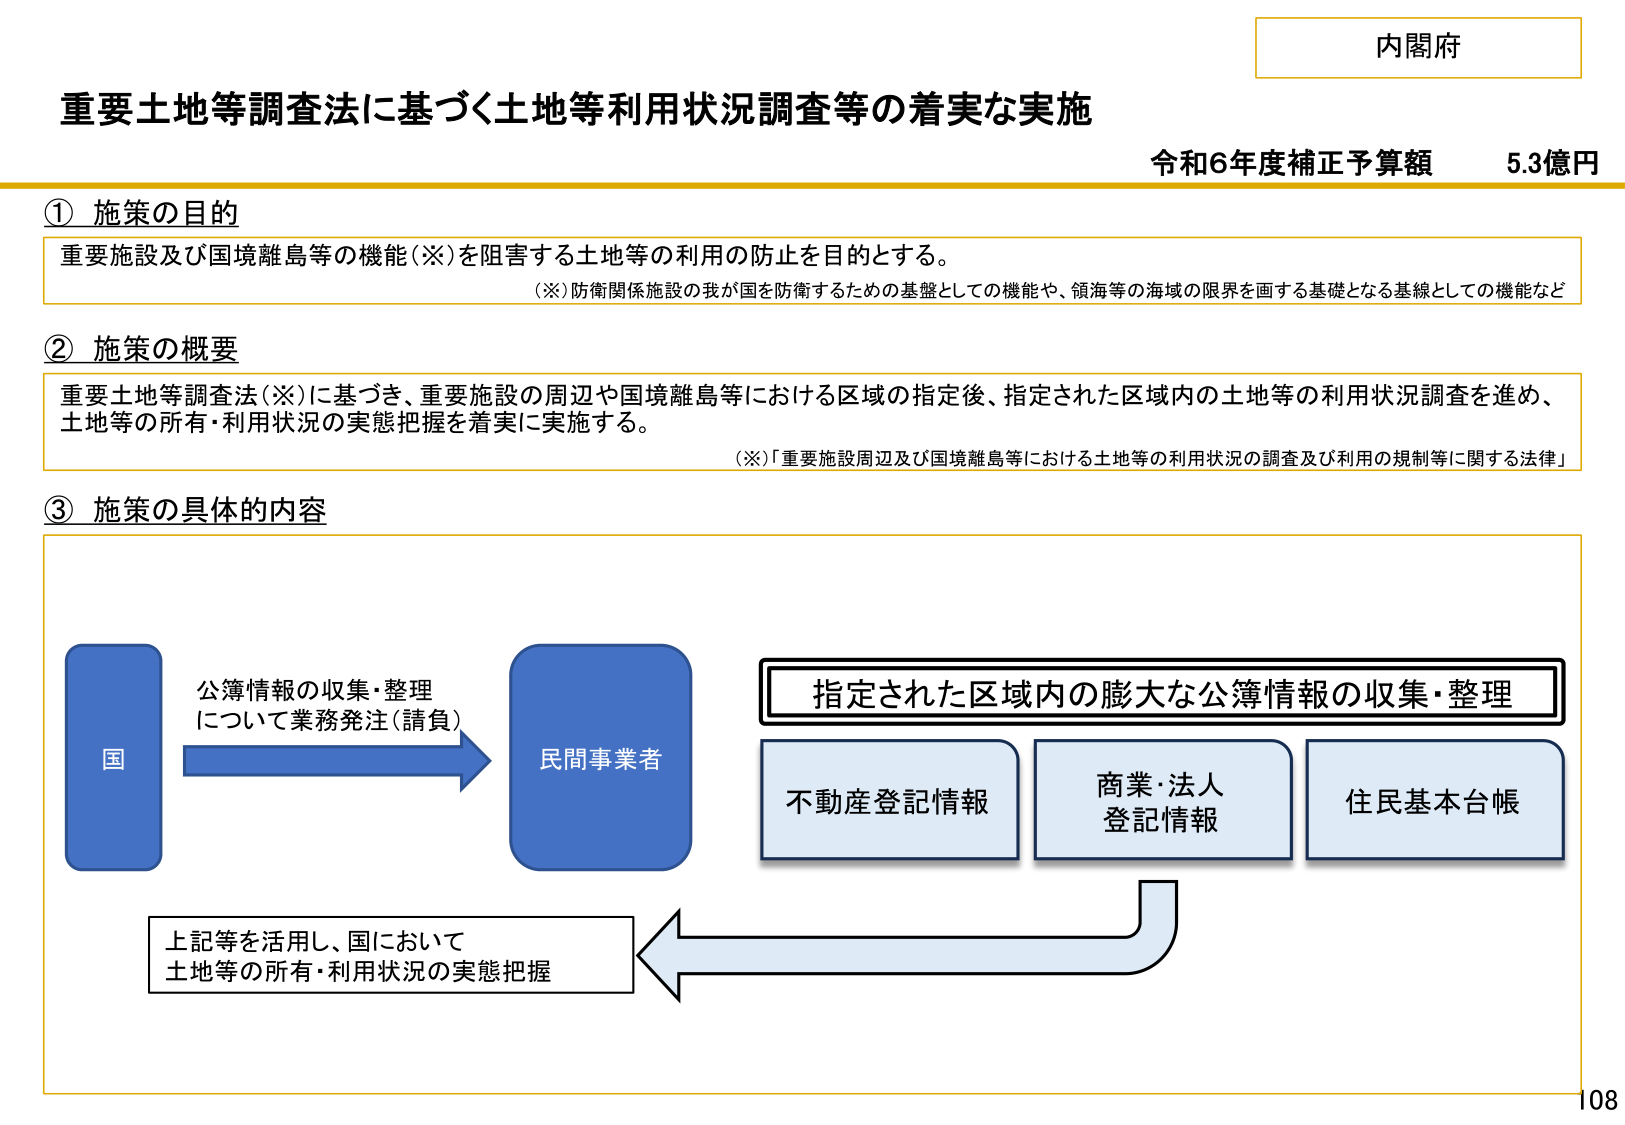
内閣府
重要土地等調査法に基づく土地等利用状況調査等の着実な実施
令和6年度補正予算額 5.3億円

① 施策の目的
重要施設及び国境離島等の機能（※）を阻害する土地等の利用の防止を目的とする。
（※）防衛関係施設の我が国を防衛するための基盤としての機能や、領海等の海域の限界を画する基礎となる基線としての機能など

② 施策の概要
重要土地等調査法（※）に基づき、重要施設の周辺や国境離島等における区域の指定後、指定された区域内の土地等の利用状況調査を進め、土地等の所有・利用状況の実態把握を着実に実施する。
（※）「重要施設周辺及び国境離島等における土地等の利用状況の調査及び利用の規制等に関する法律」

③ 施策の具体的な内容
国 → 民間事業者
公簿情報の収集・整理
について業務発注（請負）

指定された区域内の膨大な公簿情報の収集・整理
不動産登記情報
商業・法人登記情報
住民基本台帳

上記等を活用し、国において
土地等の所有・利用状況の実態把握

108